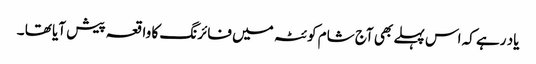
یاد رہے کہ اس پہلے بھی آج شام کوئٹہ میں فائرنگ کا واقعہ پیش آیا تھا ۔